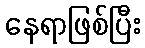
နေရာဖြစ်ပြီး